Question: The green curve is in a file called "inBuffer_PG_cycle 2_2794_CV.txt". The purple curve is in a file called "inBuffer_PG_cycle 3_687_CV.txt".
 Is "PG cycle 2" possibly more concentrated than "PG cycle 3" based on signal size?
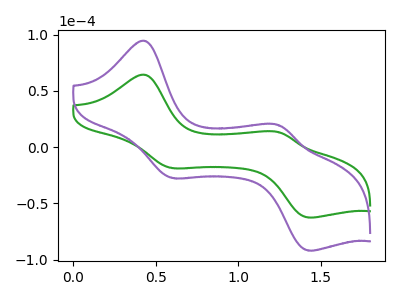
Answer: <think>The green curve "PG cycle 2" has anodic peaks at (0.45V, 64.20uA) (1.25V, 13.20uA) and cathodic peaks at (0.60V, -18.70uA) (1.45V, -62.60uA). The purple curve "PG cycle 3" has anodic peaks at (0.45V, 94.30uA) (1.25V, 19.40uA) and cathodic peaks at (0.60V, -27.45uA) (1.45V, -91.95uA).
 All the peaks in "PG cycle 2" have a peak in "PG cycle 3" at the same potential. Every peak in "PG cycle 2" is lower than every peak in "PG cycle 3".</think>
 <answer>"PG cycle 2" has less signal than "PG cycle 3".</answer>
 <eval>less_signal</eval>